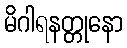
မိဂါရနတ္တုနော